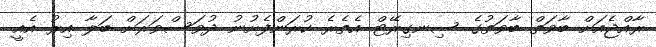
ރާއްޖެއަށް ބާވަތް ބާވަތުގެ ސިނގިރޭޓް އެތެރެ ކުރަންފެށުނު ދުވަސްވަރަށް ބަލާ އިރު އެއީ